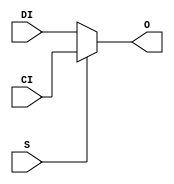
module MUXCY (O, CI, DI, S);


`ifdef XIL_TIMING

    parameter LOC = "UNPLACED";

`endif


    output O;
    input CI, DI, S;
    
    reg O_out;

	always @(CI or DI or S) 
	    if (S)
		O_out = CI;
	    else
		O_out = DI;

    assign O = O_out;
    
`ifdef XIL_TIMING

    specify
                                                                                 
        (CI => O) = (0:0:0, 0:0:0);
        (DI => O) = (0:0:0, 0:0:0);
	(S => O) = (0:0:0, 0:0:0);
        specparam PATHPULSE$ = 0;
                                                                                 
    endspecify

`endif

endmodule